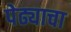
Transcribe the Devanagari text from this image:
पेढ्याचा